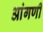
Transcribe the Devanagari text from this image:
आंगणीं